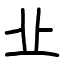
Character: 㐀